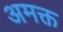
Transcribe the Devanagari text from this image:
अमक्त